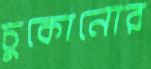
চুকোনোর